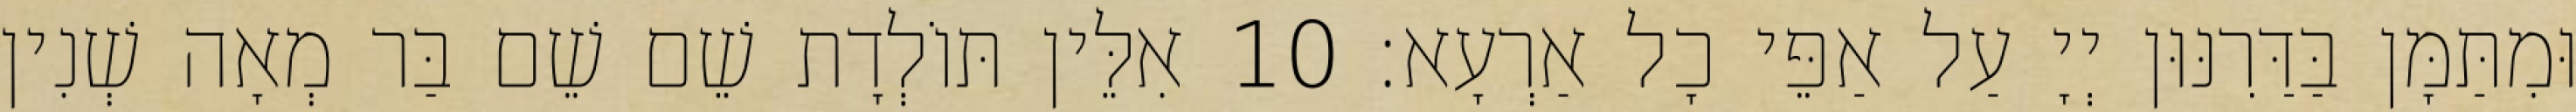
וּמִתַּמָּן בַּדַּרִנּוּן יְיָ עַל אַפֵּי כָל אַרְעָא׃ 10 אִלֵּין תּוֹלְדָת שֵׁם שֵׁם בַּר מְאָה שְׁנִין